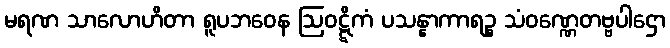
မရဏ သာလောဟိတာ ရူပဘဝေန ဩဝဋ္ဋိကံ ပသန္နာကာရဉ္စ သံဝဏ္ဏေတဗ္ဗပါဌော